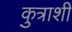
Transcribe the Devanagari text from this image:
कुत्राशी